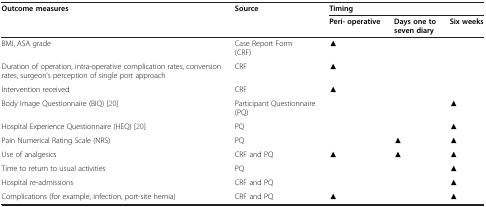
| Outcome measures | Source | <COLSPAN=3> Timing |
 |  |  | Peri- operative | Days one to seven diary | Six weeks |
 | --- | --- | --- | --- | --- |
 | BMI, ASA grade | Case Report Form (CRF) | ▲ |  |  |
 | Duration of operation, intra-operative complication rates, conversion rates, surgeon’s perception of single port approach | CRF | ▲ |  |  |
 | Intervention received | CRF | ▲ |  |  |
 | Body Image Questionnaire (BIQ) [20] | Participant Questionnaire (PQ) |  |  | ▲ |
 | Hospital Experience Questionnaire (HEQ) [20] | PQ |  |  | ▲ |
 | Pain Numerical Rating Scale (NRS) | PQ |  | ▲ | ▲ |
 | Use of analgesics | CRF and PQ | ▲ | ▲ | ▲ |
 | Time to return to usual activities | PQ |  |  | ▲ |
 | Hospital re-admissions | CRF and PQ |  |  | ▲ |
 | Complications (for example, infection, port-site hernia) | CRF and PQ | ▲ |  | ▲ |